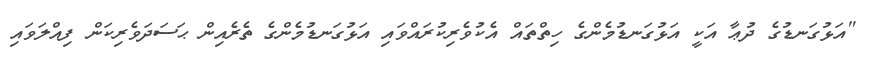
"އަޅުގަނޑުގެ ދުޢާ އަކީ އަޅުގަނޑުމެންގެ ހިތްތައް އެކުވެރިކުރައްވައި އަޅުގަނޑުމެންގެ ތެރެއިން ޙަސަދަވެރިކަން ފިއްލަވައި